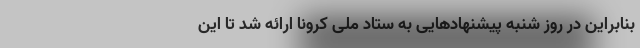
بنابراین در روز شنبه پیشنهادهایی به ستاد ملی کرونا ارائه شد تا این